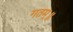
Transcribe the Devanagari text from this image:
गतम्॥